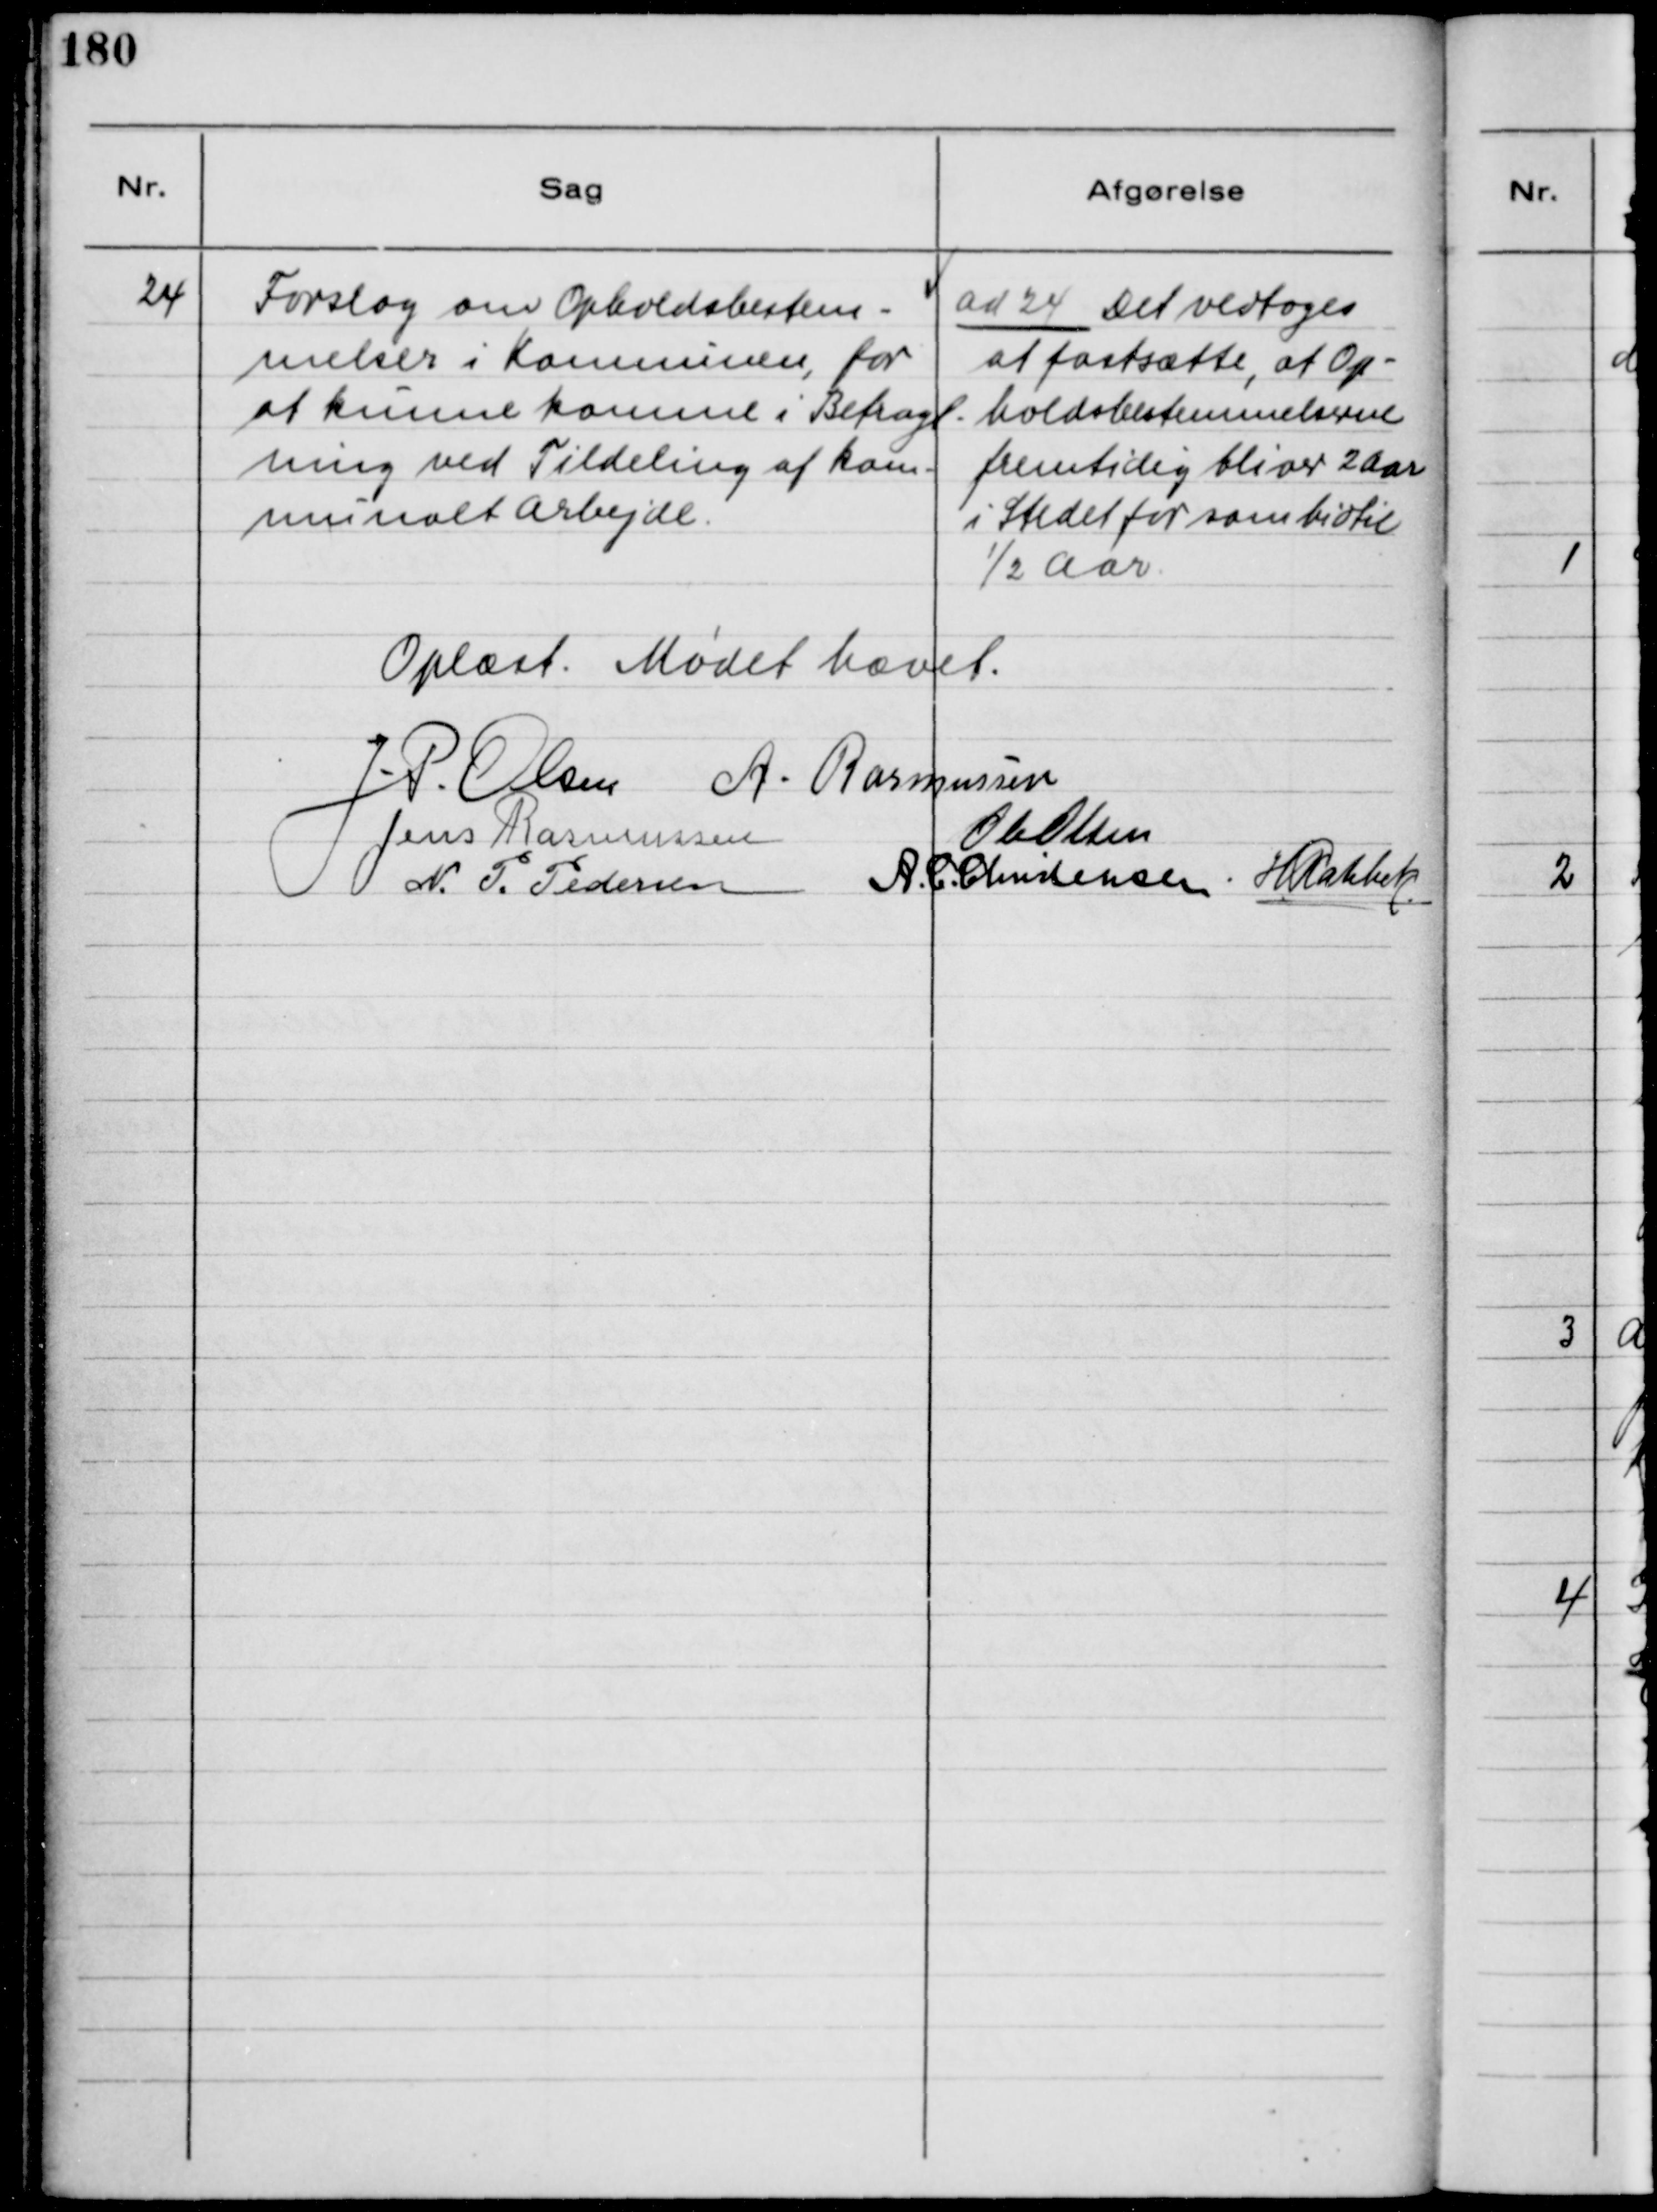
Transskription:
24
Forslag om Opholdsbestem-
melser i Kommunen, for
at kunne komme i Betragt-
ning ved Tildeling af kom-
munalt Arbejde.
ad 24 Det vedtoges
at fastsætte, at Op-
holdsbestemmelserne
fremtidig bliver 2 Aar
i Stedet for som hidtil
½ Aar
Oplæst. Mødet hævet.
J.P. Olsen
A. Rasmussen
Jens Rasmussen
Ole Olsen
N. P. Pedersen
A. C. Christensen
H. Rahbek